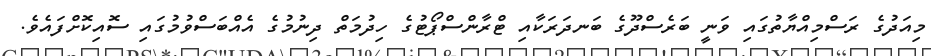
މިއަދުގެ ރަސްމިއްޔާތުގައި ވަނީ ބަރެސްދޫގެ ބަނދަރަކާއި ޓްރާންސްޕޯޓުގެ ހިދުމަތް ދިނުމުގެ އެއްބަސްވުމުގައި ސޮއިކޮށްފައެވެ.